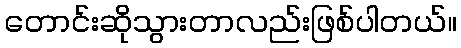
တောင်းဆိုသွားတာလည်းဖြစ်ပါတယ်။